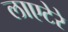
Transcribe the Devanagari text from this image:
लाएटेरे